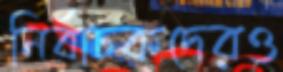
নির্বাচকদেরও